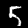
Label: 5